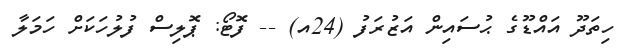
ހިތަދޫ އައްޑޫގެ ޙުސައިން އަޒުރަފު (24އ) -- ފޮޓޯ: ޕޮލިސް ފުލުހަކަށް ހަމަލާ